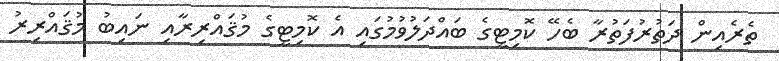
ތެރެއިން ދަތުރުފަތުރާ ބެހޭ ކޮމިޓީގެ ބައްދަލުވުމުގައި އެ ކޮމިޓީގެ މުޤައްރިރާއި ނައިބު މުޤައްރިރު